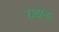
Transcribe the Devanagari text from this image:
टाइप्ड